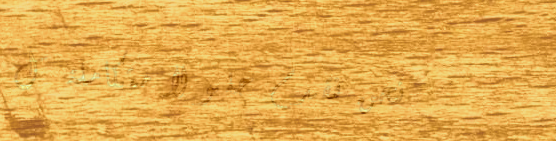
نحن نقدم حلولاً متكاملة ل